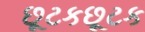
છૂટકછૂટક